65_HS1-834228961_62-HQ-83894_Section_8
Agency: FBI
Page 16
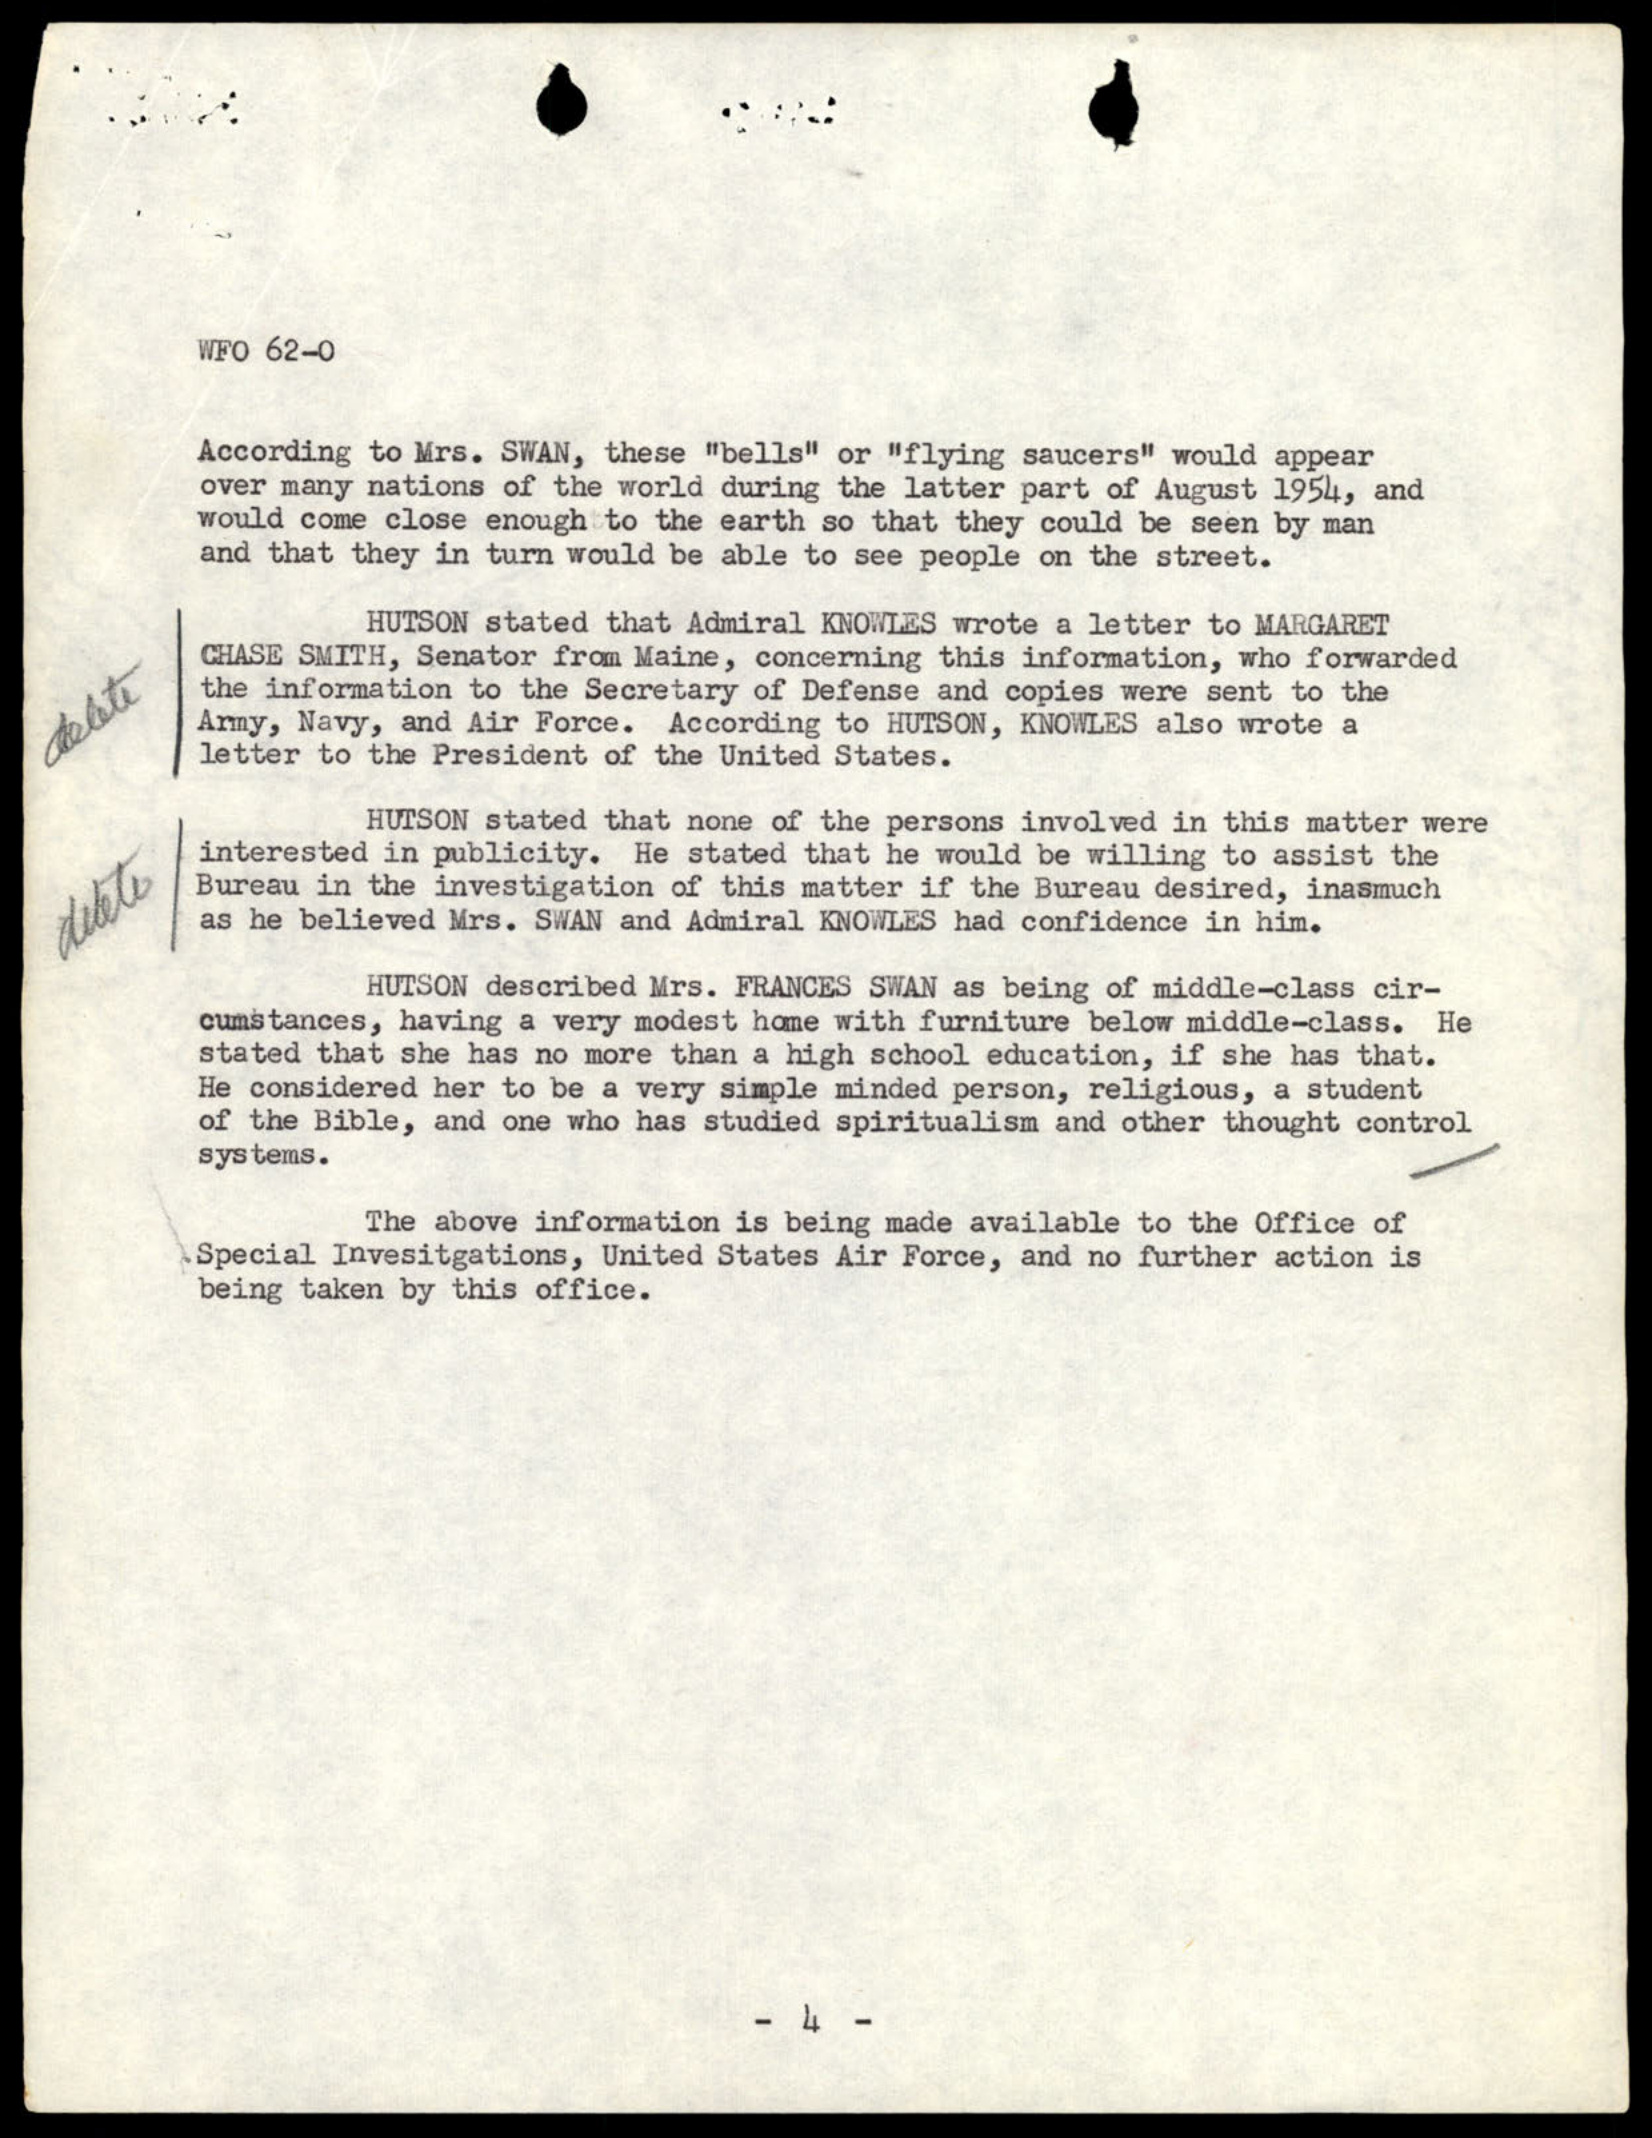